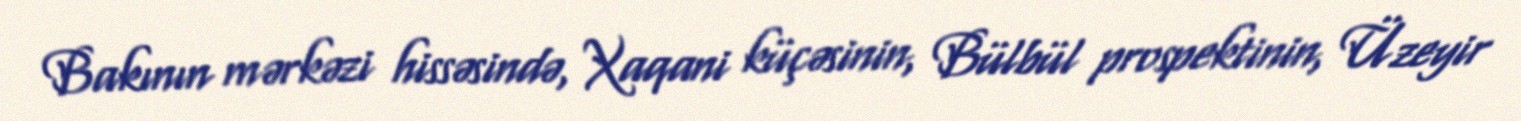
Bakının mərkəzi hissəsində, Xaqani küçəsinin, Bülbül prospektinin, Üzeyir